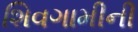
શિવગામીની